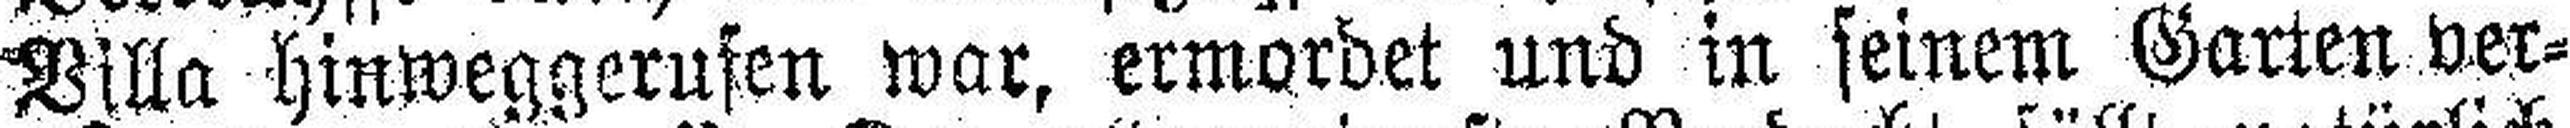
Villa hinweggerufen war, ermordet und in seinem Garten ver¬